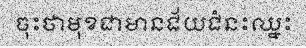
ចុះថាមុខជាមានជ័យជំនះឈ្នះ